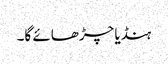
ہنڈیا چڑھائے گا۔